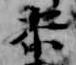
参